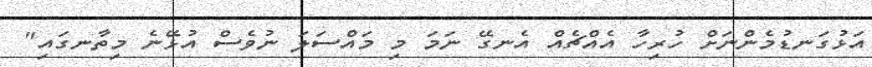
އަޅުގަނޑުމެންނަށް ހުރިހާ އެއްޗެއް އެނގޭ ނަމަ މި މައްސަލަ ނުވެސް އުޅޭނެ މިތާނގައި"